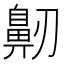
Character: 𪖔